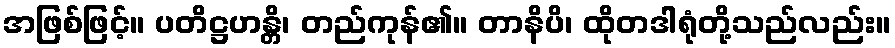
အဖြစ်ဖြင့်။ ပတိဋ္ဌဟန္တိ၊ တည်ကုန်၏။ တာနိပိ၊ ထိုတဒါရုံတို့သည်လည်း။